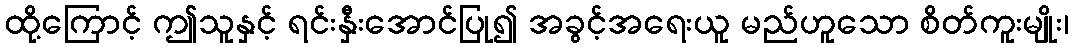
ထို့ကြောင့် ဤသူနှင့် ရင်းနှီးအောင်ပြု၍ အခွင့်အရေးယူ မည်ဟူသော စိတ်ကူးမျိုး၊